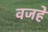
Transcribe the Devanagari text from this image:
वजहे